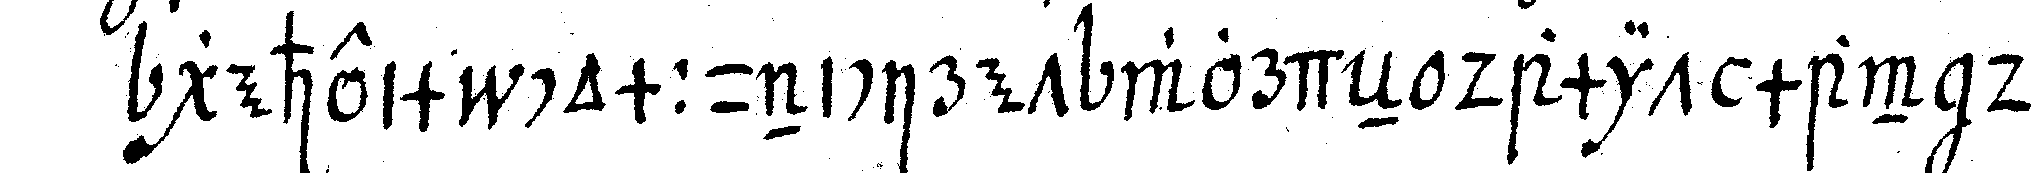
geheim communiciret worde damit man dar